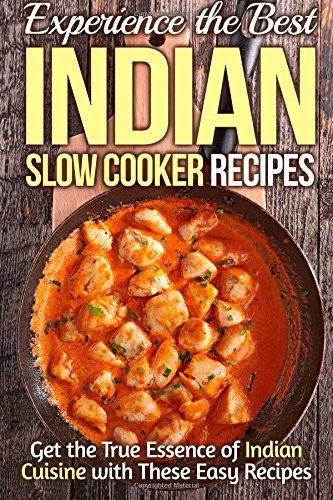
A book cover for Experience the Best Indian Slow Cooker Recipes: Get the True Essence of Indian Cuisine with These Easy Recipes; Gordon Rock; Cookbooks, Food & Wine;